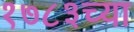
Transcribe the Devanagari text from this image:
१७८३च्या